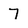
Character: 7